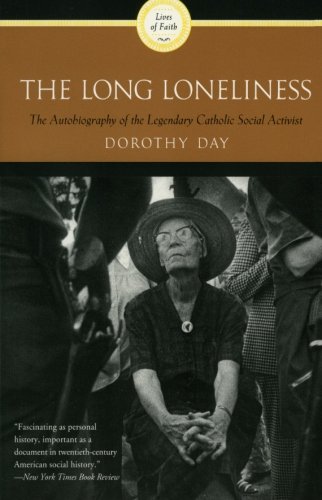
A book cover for The Long Loneliness: The Autobiography of the Legendary Catholic Social Activist; Dorothy Day; Literature & Fiction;